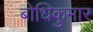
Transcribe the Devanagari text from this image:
बोधिकुमार